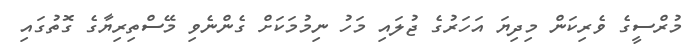
މުރްސީގެ ވެރިކަން މިދިޔަ އަހަރުގެ ޖުލައި މަހު ނިމުމަކަށް ގެންނެވި މޭސްތިރިޔާގެ ގޮތުގައި